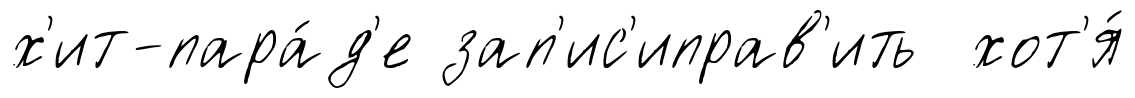
х'ит-пара́д'е зап'ис'иправ'ить хот'я́